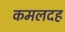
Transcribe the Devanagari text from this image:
कमलदह